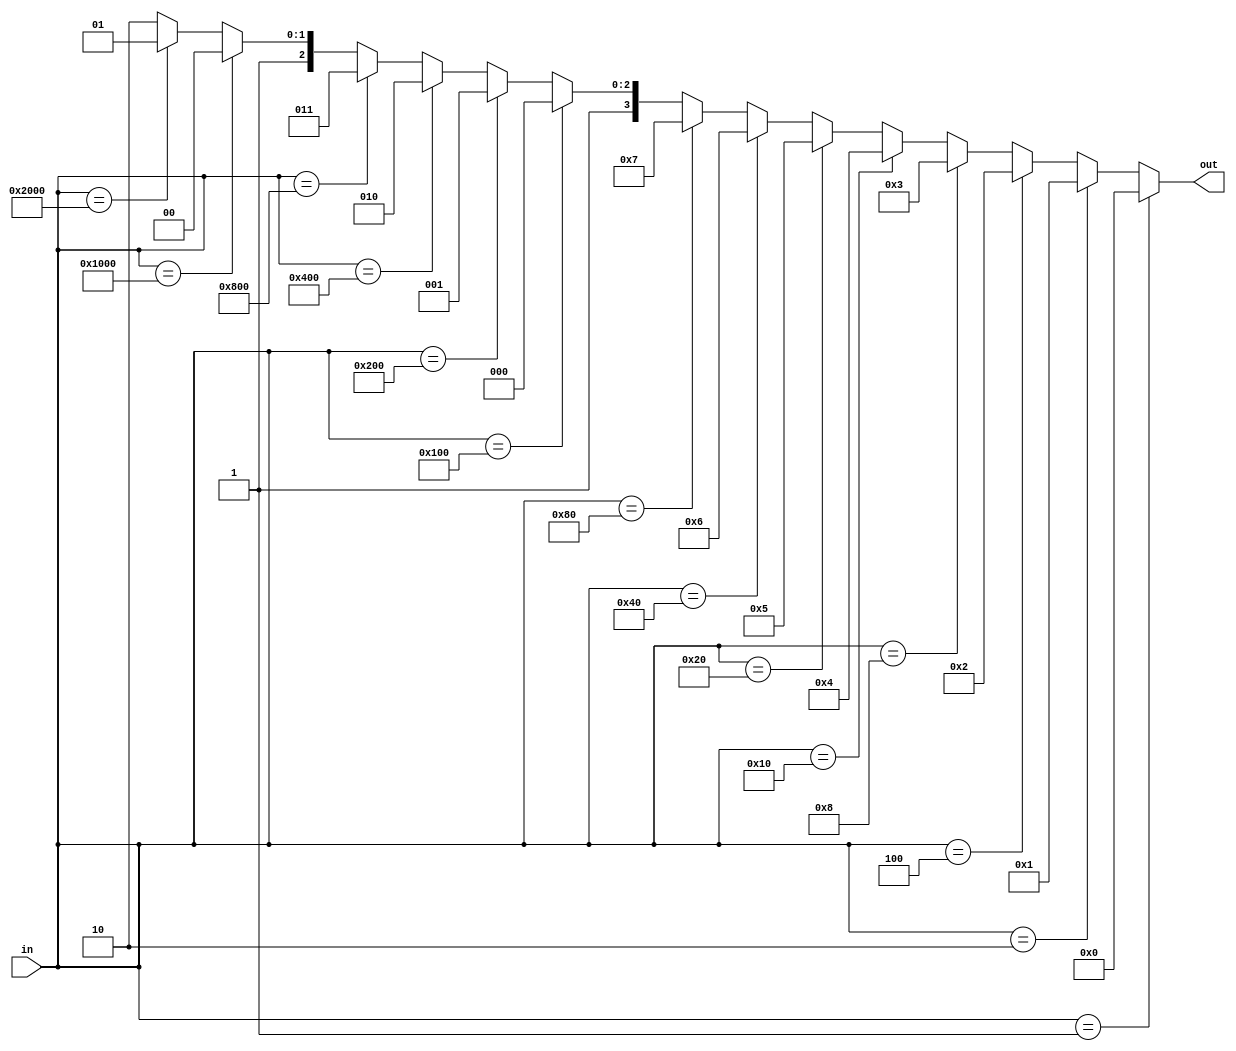
`timescale 1ns / 1ps

module encoder_14_4(
    input wire[13:0] in,
    output wire[3:0] out
    );
    assign out=(in==14'b00_0000_0000_0001)?0:
               (in==14'b00_0000_0000_0010)?1:
               (in==14'b00_0000_0000_0100)?2:
               (in==14'b00_0000_0000_1000)?3:
               (in==14'b00_0000_0001_0000)?4:
               (in==14'b00_0000_0010_0000)?5:
               (in==14'b00_0000_0100_0000)?6:
               (in==14'b00_0000_1000_0000)?7:
               (in==14'b00_0001_0000_0000)?8:
               (in==14'b00_0010_0000_0000)?9:
               (in==14'b00_0100_0000_0000)?10:
               (in==14'b00_1000_0000_0000)?11:
               (in==14'b01_0000_0000_0000)?12:
               (in==14'b10_0000_0000_0000)?13:
               14;
    
endmodule